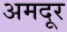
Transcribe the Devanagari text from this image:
अमदूर